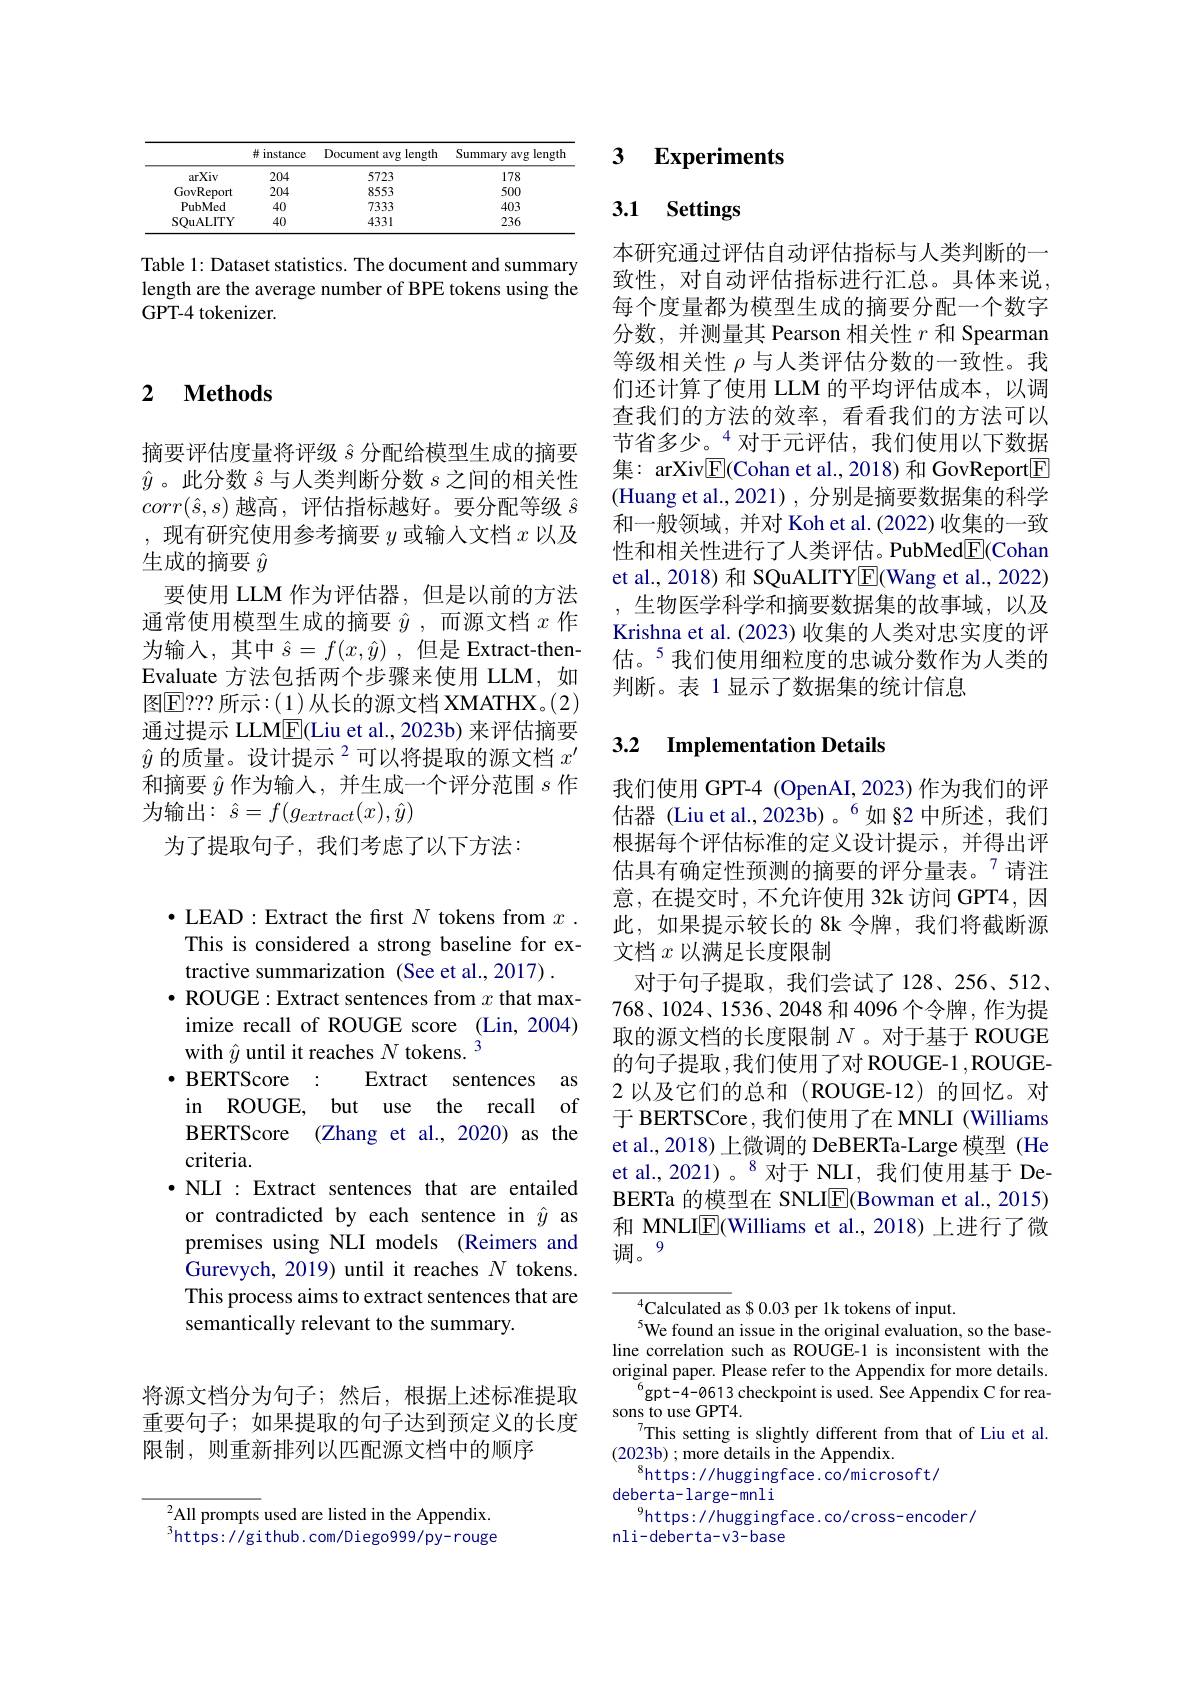
<table>
	<tbody>
		<tr>
			<th> </th>
			<th>$\# instance$</th>
			<th>Document avg length</th>
			<th>Summary a $\arg\log t$beras 1</th>
		</tr>
		<tr>
			<td>arXiv</td>
			<td>204</td>
			<td>5723</td>
			<td>178</td>
		</tr>
		<tr>
			<td>GovReport</td>
			<td>204</td>
			<td>8553</td>
			<td>500</td>
		</tr>
		<tr>
			<td>PubMed</td>
			<td>40</td>
			<td>7333</td>
			<td>403</td>
		</tr>
		<tr>
			<td>SOuALITY</td>
			<td>40</td>
			<td>4331</td>
			<td>236</td>
		</tr>
	</tbody>
</table>

Table 1: Dataset statistics. The document and summary length are the average number of BPE tokens using the GPT-4 tokenizer.

### 2 $\textbf{Methods}$

摘要评估度量将评级$\hat{s}$分配给模型生成的摘要$\hat{y}$。此分数$\hat{s}$与人类判断分数$s$之间的相关性$corr(\hat{s},s)$越高，评估指标越好。要分配等级$\hat{s}$ ,现有研究使用参考摘要$y$或输入文档$x$以及生成的摘要$\hat{y}$
要使用 LLM 作为评估器，但是以前的方法通常使用模型生成的摘要$\hat{y}$,而源文档$x$作为输入，其中$\hat{s}=f(x,\hat{y})$ ,但是 Extract-thenEvaluate 方法包括两个步骤来使用 LLM, 如图E？? ? 所示：(1)从长的源文档 XMATHX。(2) 通过提示 LLM$\boxed{\mathrm{F}}$(Liu et al., 2023b) 来评估摘要$\hat{y}\text{ 的质量。设计提示 }^2$可以将提取的源文档 $x^\prime$ 和摘要$\hat{y}$作为输入，并生成一个评分范围$s$作为输出：$\hat{s}=f(g_{extract}(x),\hat{y})$
为了提取句子，我们考虑了以下方法：

$\bullet$LEAD: Extract the first $N$ tokens from $x.$ This is considered a strong baseline for extractive summarization (See et al.,2017)
$\bullet$ ROUGE: Extract sentences from $x$ that maximize recall of ROUGE score (Lin, 2004) with $\hat{y}$ until it reaches $N\text{ tokens.}^{3}$
${\mathrm{BERTScore}}:$
Extract sentences as
in ROUGE, but use the recall of BERTScore (Zhang et al.,2020) as the criteria.
$\bullet$ NLI : Extract sentences that are entailed or contradicted by each sentence in $\hat{y}$ as premises using NLI models (Reimers and Gurevych, 2019) until it reaches $N$ tokens. This process aims to extract sentences that are semantically relevant to the summary.

将源文档分为句子；然后，根据上述标准提取重要句子；如果提取的句子达到预定义的长度限制，则重新排列以匹配源文档中的顺序

${}^{2}$All prompts used are listed in the Appendix. $^{3}$https://github.com/Diego999/py-rouge

### 3 $\textbf{Experiments}$

## 3.1 Settings

本研究通过评估自动评估指标与人类判断的一致性，对自动评估指标进行汇总。具体来说， 每个度量都为模型生成的摘要分配一个数字分数，并测量其 Pearson 相关性$r$和 Spearman 等级相关性$\rho$与人类评估分数的一致性。我们还计算了使用 LLM 的平均评估成本，以调查我们的方法的效率，看看我们的方法可以节省多少。$^{4}$对于元评估，我们使用以下数据集：arXiv$\boxed{\mathrm{F}}($Cohan et al.,2018)和 GovReport$\boxed{\mathrm{F}}$ (Huang et al.,2021),分别是摘要数据集的科学和一般领域，并对 Koh et al. (2022) 收集的一致性和相关性进行了人类评估。PubMed$\underline{\mathrm{E}}($Cohan et al., 2018) 和 SQuALITYE(Wang et al., 2022) ,生物医学科学和摘要数据集的故事域，以及Krishna et al. (2023) 收集的人类对忠实度的评估。$^{5}$我们使用细粒度的忠诚分数作为人类的判断。表 1 显示了数据集的统计信息

### 3.2 $\textbf{Implementation Details}$

我们使用 GPT-4 (OpenAI,2023) 作为我们的评估器 (Liu et al.,2023b)。$^{6}$如§2 中所述，我们根据每个评估标准的定义设计提示，并得出评估具有确定性预测的摘要的评分量表。$^{7}$请注意，在提交时，不允许使用 32k 访问 GPT4,因此，如果提示较长的 8k 令牌，我们将截断源文档$x$以满足长度限制
对于句子提取，我们尝试了128、256、512、 768、1024、1536、2048 和 4096 个令牌，作为提取的源文档的长度限制$N$ 。对于基于 ROUGE 的句子提取，我们使用了对 ROUGE-1 ,ROUGE- 2 以及它们的总和 (ROUGE-12) 的回忆。对于 BERTSCore, 我们使用了在 MNLI (Williams et al., 2018) 上微调的 DeBERTa-Large 模型 (He et al., 2021)。$^{8}$对于 NLI, 我们使用基于 DeBERTa 的模型在 SNLI$\overline{\mathrm{F}}($Bowman et al., 2015) 和 MNLIE(Williams et al., 2018) 上进行了微调。9

$^{4}$Calculated as $0.03 per 1k tokens of input.
$^{5}$We found an issue in the original evaluation, so the baseline correlation such as ROUGE-1 is inconsistent with the original paper. Please refer to the Appendix for more details.
$^{6}$gpt-4-0613 checkpoint is used. See Appendix C for rea-
sons to use GPT4.
This setting is slightly different from that of Liu et al.
( 2023b)  ;  more details in the Appendix.
$^{8}$https://huggingface.co/microsoft/
deberta-large-mnli
$^{9}$https://huggingface.co/cross-encoder/
nli-deberta-v3-base